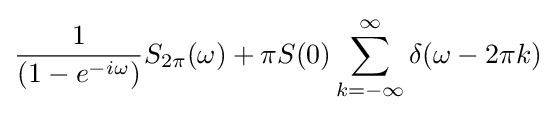
{\frac {1}{\left(1-e^{-i\omega }\right)}}S_{2\pi }(\omega )+\pi S(0)\sum _{k=-\infty }^{\infty }\delta (\omega -2\pi k)\!